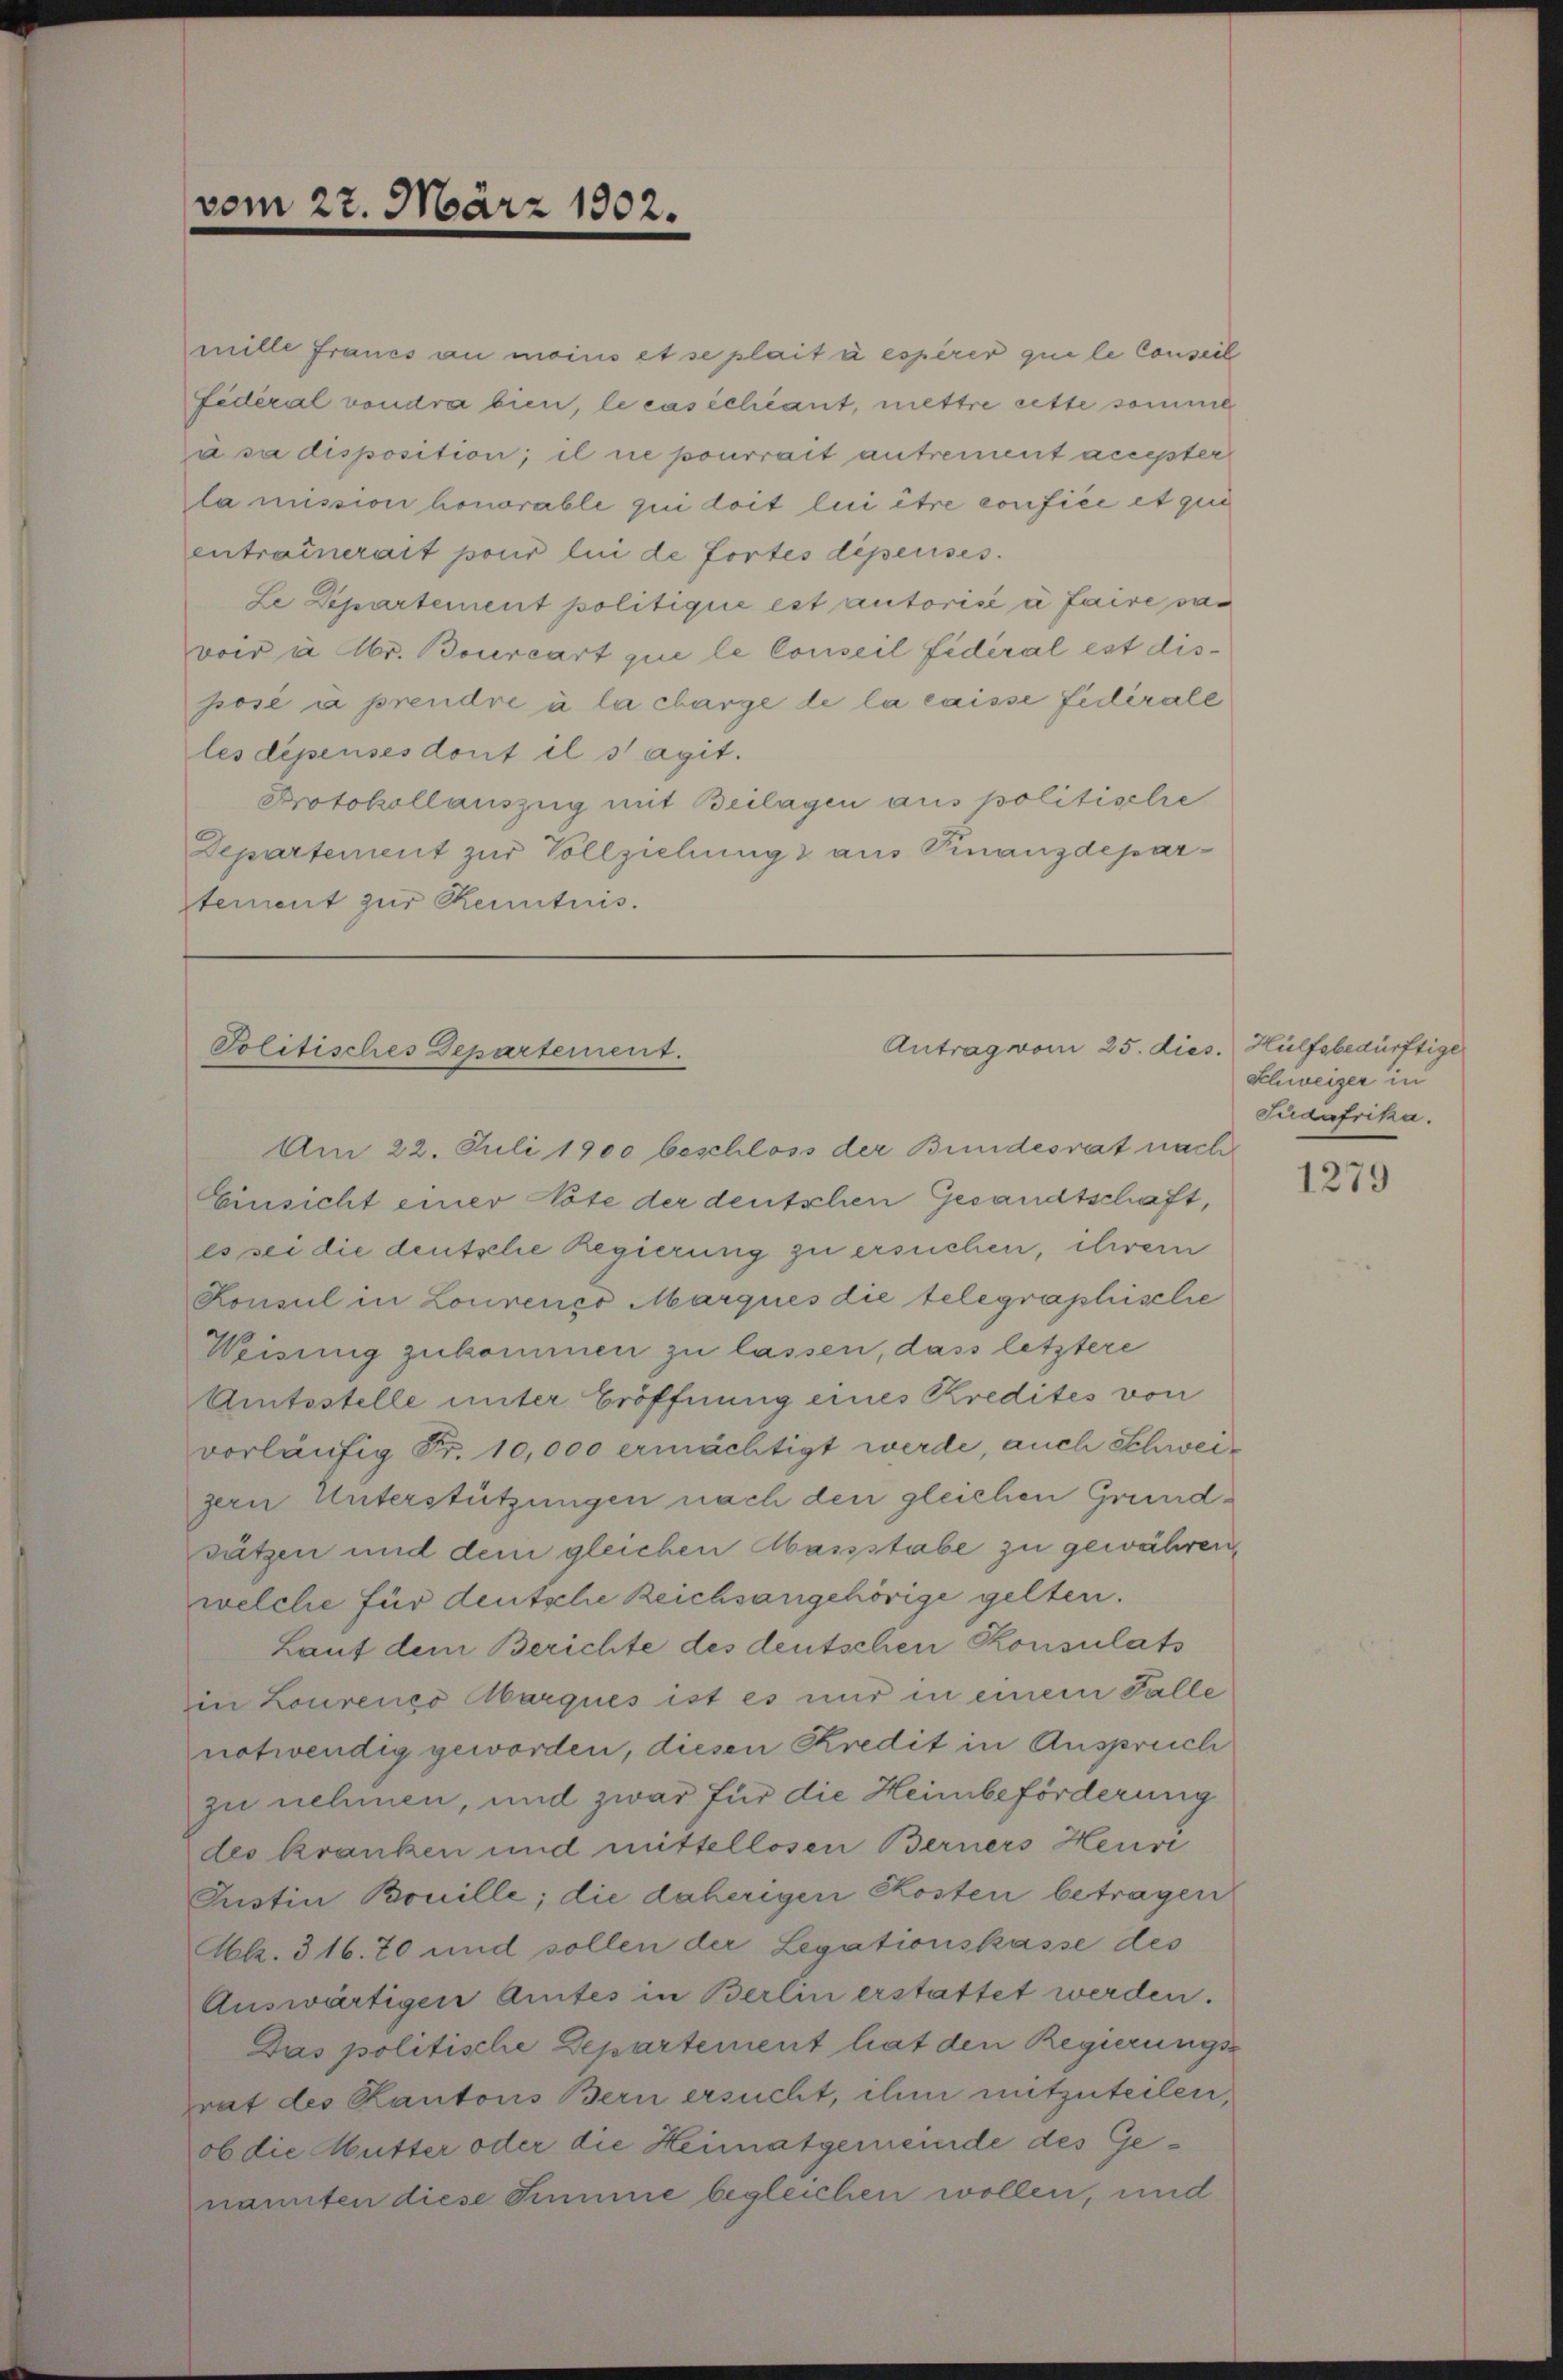
mille Francs au moins et se plait à espère que le Conseil
Federal voudra bien, le cas échéant, mettre cette somme
à sa disposition; il ne pourrait antrementagster
la mission honorable qui doit lui être confiée et qui
entrainerait pour le de fortes dépenses.
Le Departement politique est autorisé à faire, das
voir à br. Bourcart que le Conseil fidéral est disposé à prendre à la charge de la caisse fidérale
les dépenses dont il s’agit.
Protokollauszug mit Beilagen aus politische
Departement zur Vollziehung & aus Finanzdepartement zur Kenntnis.

vom 22. März 1802.

Politisches Departement.

Antrag vom 25. dies. Hülfsbedürftige

Am 22. Juli 1900 beschloss der Bundesrat nach
Einsicht einer Note der deutschen Gesandtschaft,
es sei die deutsche Regierung zu ersuchen, ihrem
Konsul in Lourenco Marques die telegraphische
Weisung zukommen zu lassen, dass letztere
Amtsstelle unter Eröffnung eines Kredites von
vorläufig Fr. 10,000 ermächtigt werde, auch Schweigern Unterstützungen nach den gleichen Grundsätzen und dem gleichen Massstabe zu gewähren,
welche für deutsche Reichsangehörige gelten.
Laut dem Berichte des deutschen Konsulats
in Lourenes Marques ist es nur in einem Falle
notwendig geworden, diesen Kredit in Anspruch
zu nehmen, und zwar für die Heimbeförderung
des kranken und mittellosen Berners Heuvi
Justin Bouille; die daherigen Kosten betragen
Abk. 316. 70 und sollen der Legationskasse des
Auswärtigen Amtes in Berlin erstattet werden.
Das politische Departement hat den Regierungs-
rat des Kantons Bern ersucht, ihm mitzuteilen,
ob die Mutter oder die Heimatgemeinde des Genannten diese Summe begleichen wollen, und

Schweizer in
Sudafrika.

1279